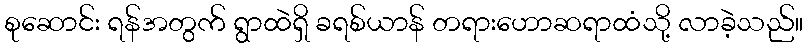
စုဆောင်း ရန်အတွက် ရွာထဲရှိ ခရစ်ယာန် တရားဟောဆရာထံသို့ လာခဲ့သည်။